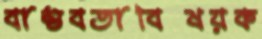
বাস্তবতাবিষয়ক